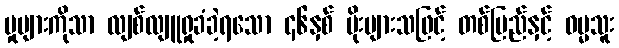
မှုများကိုသာ လျစ်လျူရှုခံခဲ့ရသော ၄၆နှစ် မိုးများသဖြင့် တစ်ပြည်နှင့် ဝမ္မသူး